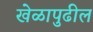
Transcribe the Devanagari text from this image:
खेळापुढील